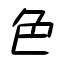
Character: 色